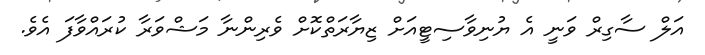
އަލް ސާގިރް ވަނީ އެ ޔުނިވާސިޓީއަށް ޒިޔާރަތްކޮށް ވެރިންނާ މަޝްވަރާ ކުރައްވާފަ އެވެ.